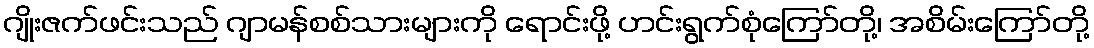
ဂျိုးဇက်ဖင်းသည် ဂျာမန်စစ်သားများကို ရောင်းဖို့ ဟင်းရွက်စုံကြော်တို့၊ အစိမ်းကြော်တို့